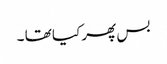
بس پھر کیا تھا ۔